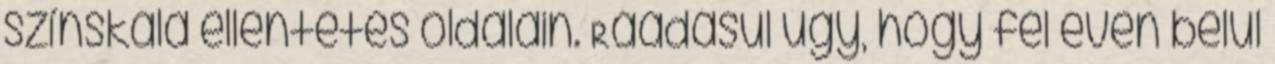
színskála ellentétes oldalain. Ráadásul úgy, hogy fél éven belül